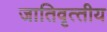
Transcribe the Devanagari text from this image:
जातिवृत्‍तीय